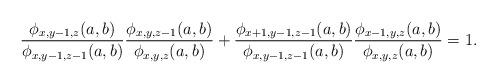
LaTeX: \begin{align*}\frac{\phi_{x,y-1,z}(a,b)}{\phi_{x,y-1,z-1}(a,b)}\frac{\phi_{x,y,z-1}(a,b)}{\phi_{x,y,z}(a,b)}+\frac{\phi_{x+1,y-1,z-1}(a,b)}{\phi_{x,y-1,z-1}(a,b)}\frac{\phi_{x-1,y,z}(a,b)}{\phi_{x,y,z}(a,b)}=1.\end{align*}